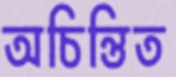
অচিন্তিত